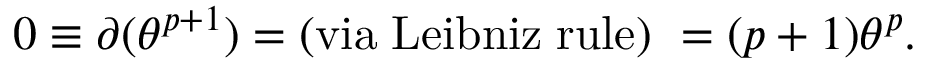
0 \equiv \partial ( \theta ^ { p + 1 } ) = \mathrm { ( v i a \; L e i b n i z \; r u l e ) \ } = ( p + 1 ) \theta ^ { p } .